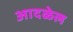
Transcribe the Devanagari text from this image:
आदळेल